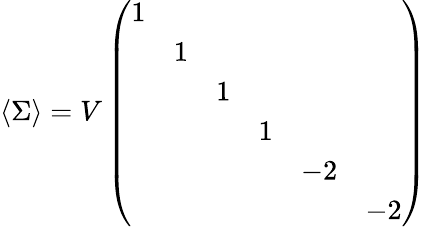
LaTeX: \langle\Sigma\rangle=V\left(\begin{array}{cccccc}{{1}}&{{}}&{{}}&{{}}&{{}}&{{}}\\ {{}}&{{1}}&{{}}&{{}}&{{}}&{{}}\\ {{}}&{{}}&{{1}}&{{}}&{{}}&{{}}\\ {{}}&{{}}&{{}}&{{1}}&{{}}&{{}}\\ {{}}&{{}}&{{}}&{{}}&{{-2}}&{{}}\\ {{}}&{{}}&{{}}&{{}}&{{}}&{{-2}}\end{array}\right)